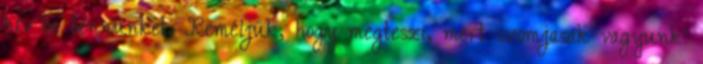
hív be bennünket. Reméljük, hogy megteszi, mert szomjasak vagyunk'